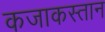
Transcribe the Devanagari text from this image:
कजाकस्तान